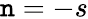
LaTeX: \mathtt{n}=-s